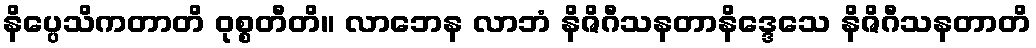
နိပ္ပေသိကတာတိ ဝုစ္စတီတိ။ လာဘေန လာဘံ နိဇိဂီသနတာနိဒ္ဒေသေ နိဇိဂီသနတာတိ